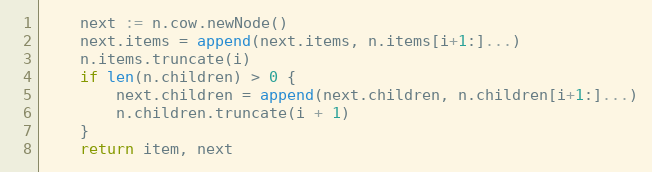
Language: Go
	next := n.cow.newNode()
	next.items = append(next.items, n.items[i+1:]...)
	n.items.truncate(i)
	if len(n.children) > 0 {
		next.children = append(next.children, n.children[i+1:]...)
		n.children.truncate(i + 1)
	}
	return item, next